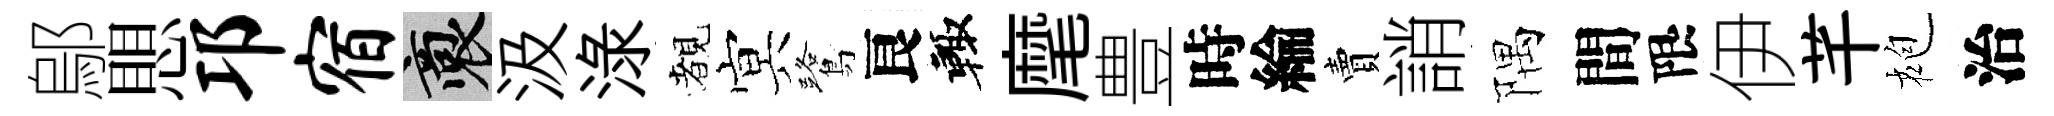
鄔愳邛宿裔汲渌覩㝠鷺良輙麾豊時綸賣誚隅間限伊芊袍治